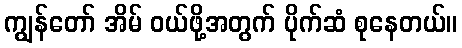
ကျွန်တော် အိမ် ဝယ်ဖို့အတွက် ပိုက်ဆံ စုနေတယ်။